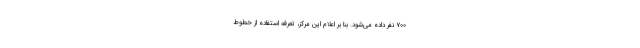
۷۰۰ نفر داده می‌شود. بنا بر اعلام این مرکز، تعرفه استفاده از خطوط